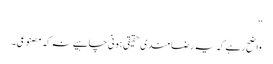
”
واضح رہے کہ یہ رضا مندی حقیقی ہونی چاہیے نہ کہ مصنوعی۔